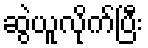
ဆွဲယူလိုက်ပြီး